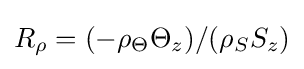
R_{\rho }=(-\rho _{\Theta }\Theta _{z})/(\rho _{S}S_{z})